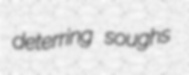
deterring soughs